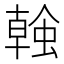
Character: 螒